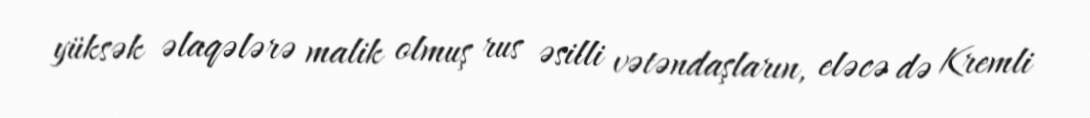
yüksək əlaqələrə malik olmuş rus əsilli vətəndaşların, eləcə də Kremli